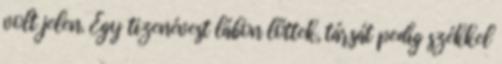
volt jelen. Egy tizenévest lábon lőttek, társát pedig székkel